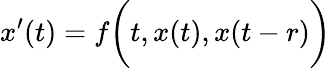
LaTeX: x^{\prime}(t)=f{\biggl(}t,x(t),x(t-r){\biggr)}